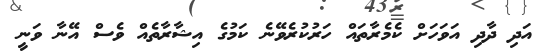
އަދި ދާދި އަވަހަށް ކެމެރާތައް ހަރުކުރެވޭނެ ކަމުގެ އިޝާރާތެއް ވެސް އޭނާ ވަނީ